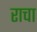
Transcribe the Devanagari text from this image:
राचा